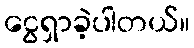
ငွေရှာခဲ့ပါတယ်။